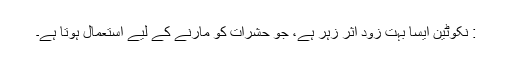
: نکوٹین ایسا بہت زود اثر زہر ہے، جو حشرات کو مارنے کے لیے استعمال ہوتا ہے۔